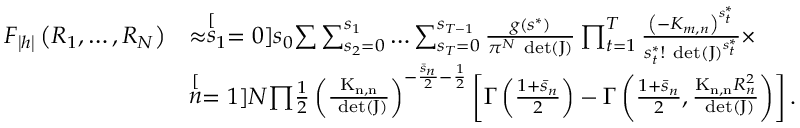
\begin{array} { r l } { F _ { \left| \boldsymbol { h } \right| } \left( R _ { 1 } , \ldots , R _ { N } \right) } & { \approx \stackrel [ s _ { 1 } = 0 ] { s _ { 0 } } { \sum } \sum _ { s _ { 2 } = 0 } ^ { s _ { 1 } } \ldots \sum _ { s _ { T } = 0 } ^ { s _ { T - 1 } } \frac { g \left( \boldsymbol { s } ^ { * } \right) } { \pi ^ { N } \mathrm { \mathrm { ~ { d e t } } \ensuremath { \left( \boldsymbol { J } \right) } } } \prod _ { t = 1 } ^ { T } \frac { \left( - K _ { m , n } \right) ^ { s _ { t } ^ { * } } } { s _ { t } ^ { * } ! \mathrm { \mathrm { ~ { d e t } } \ensuremath { \left( \boldsymbol { J } \right) } } ^ { s _ { t } ^ { * } } } \times } \\ & { \stackrel [ n = 1 ] { N } { \prod } \frac { 1 } { 2 } \left( \frac { \mathrm { \ensuremath { K _ { n , n } } } } { \mathrm { \mathrm { ~ { d e t } } \ensuremath { \left( \boldsymbol { J } \right) } } } \right) ^ { - \frac { \bar { s } _ { n } } { 2 } - \frac { 1 } { 2 } } \left[ \Gamma \left( \frac { 1 + \bar { s } _ { n } } { 2 } \right) - \Gamma \left( \frac { 1 + \bar { s } _ { n } } { 2 } , \frac { \mathrm { \ensuremath { K _ { n , n } } } R _ { n } ^ { 2 } } { \mathrm { \mathrm { ~ { d e t } } \ensuremath { \left( \boldsymbol { J } \right) } } } \right) \right] . } \end{array}